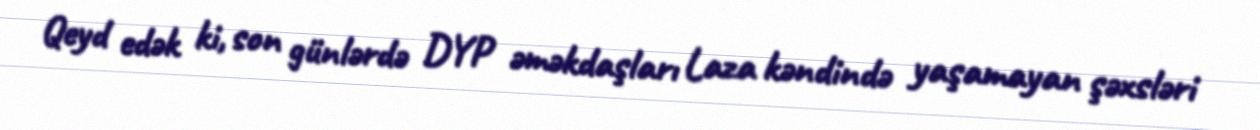
Qeyd edək ki, son günlərdə DYP əməkdaşları Laza kəndində yaşamayan şəxsləri